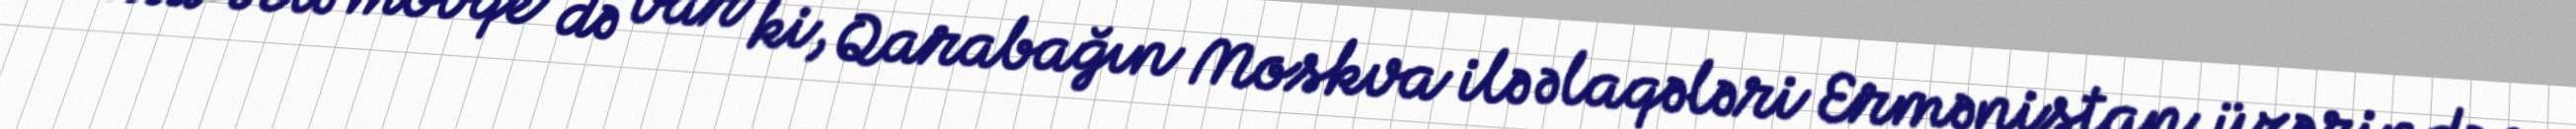
Hətta belə mövqe də var ki, Qarabağın Moskva ilə əlaqələri Ermənistan üzərindən